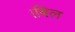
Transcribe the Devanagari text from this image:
।बिल